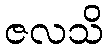
ဇလသိ